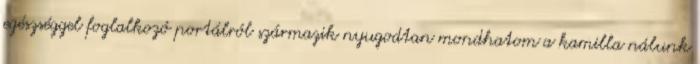
egészséggel foglalkozó portálról származik nyugodtan mondhatom a kamilla nálunk